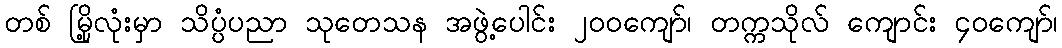
တစ် မြို့လုံးမှာ သိပ္ပံပညာ သုတေသန အဖွဲ့ပေါင်း ၂၀၀ကျော်၊ တက္ကသိုလ် ကျောင်း ၄၀ကျော်၊